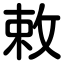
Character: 敕